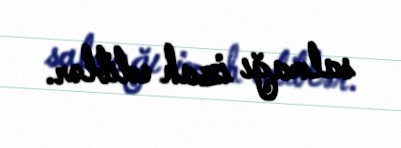
salmağı izah ediblər.